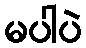
မပါပဲ